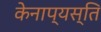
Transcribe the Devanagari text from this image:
केनाप्यस्ति